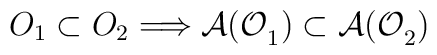
O_{1}\subset O_{2}\Longrightarrow \mathcal{A(O}_{1}\mathcal{)}\subset \mathcal{A(O}_{2}\mathcal{)}